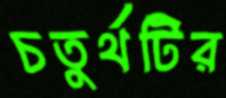
চতুর্থটির